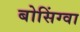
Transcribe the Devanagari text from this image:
बोसिंग्वा